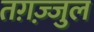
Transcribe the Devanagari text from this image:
तग़ज़्जुल